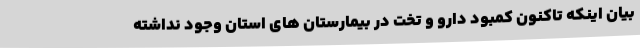
بیان اینکه تاکنون کمبود دارو و تخت در بیمارستان های استان وجود نداشته